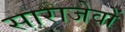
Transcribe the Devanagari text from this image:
साराजेवों